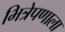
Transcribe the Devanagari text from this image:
भित्रेपणाला